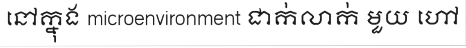
នៅក្នុង microenvironment ជាក់លាក់ មួយ ហៅ